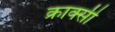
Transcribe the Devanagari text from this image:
क्राक्सी